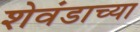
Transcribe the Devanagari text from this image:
शेवंडाच्या